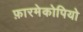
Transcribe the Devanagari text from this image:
फ़ारमेकोपियो